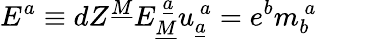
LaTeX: E^{a}\equiv dZ^{\underline{{{M}}}}E_{\underline{{{M}}}}^{~\underline{{{a}}}}u_{\underline{{{a}}}}^{~a}=e^{b}m_{b}^{~a}\qquad